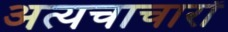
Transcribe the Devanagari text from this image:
अत्यचाचारों